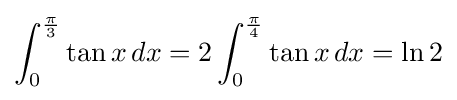
\int _{0}^{\frac {\pi }{3}}\tan x\,dx=2\int _{0}^{\frac {\pi }{4}}\tan x\,dx=\ln 2